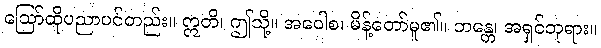
ဩော်ထိုပညာပင်တည်း။ ဣတိ၊ ဤသို့။ အဝေါစ၊ မိန့်တော်မူ၏။ ဘန္တေ၊ အရှင်ဘုရား။